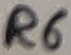
Text: R6